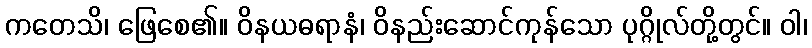
ကတေသိ၊ ဖြေစေ၏။ ဝိနယဓရာနံ၊ ဝိနည်းဆောင်ကုန်သော ပုဂ္ဂိုလ်တို့တွင်။ ဝါ၊